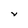
Character: v